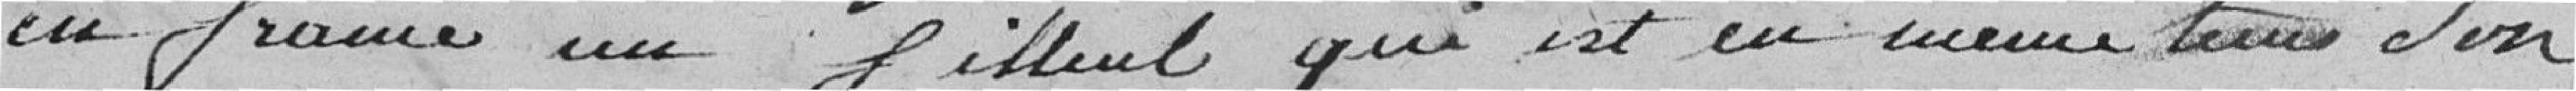
en France un filleul qui est en même temps son